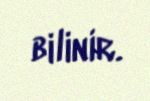
bilinir.